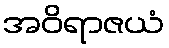
အဝိရာဇယံ